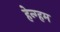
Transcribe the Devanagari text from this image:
हेन्ग्हम